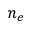
n _ { e }